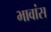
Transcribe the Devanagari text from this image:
भावांस